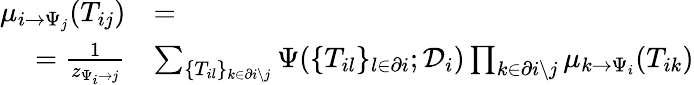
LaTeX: \begin{array}{r}{\begin{array}{rl}{\mu_{i\to\Psi_{j}}(T_{ij})}&{=}\\ {=\frac{1}{z_{\Psi_{i}\to j}}}&{\sum_{\{ T_{il}\} _{k\in\partial i\setminus j}}\Psi(\{ T_{il}\} _{l\in\partial i};\mathcal{D}_{i})\prod_{k\in\partial i\setminus j}\mu_{k\to\Psi_{i}}(T_{ik})}\end{array}}\end{array}